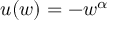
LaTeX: u ( w ) = - w ^ { \alpha }